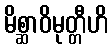
မိစ္ဆာဝိမုတ္တီဟိ